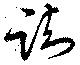
踟